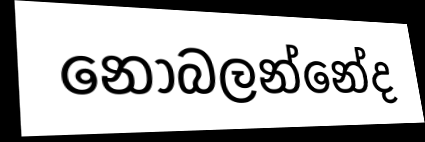
නොබලන්නේද